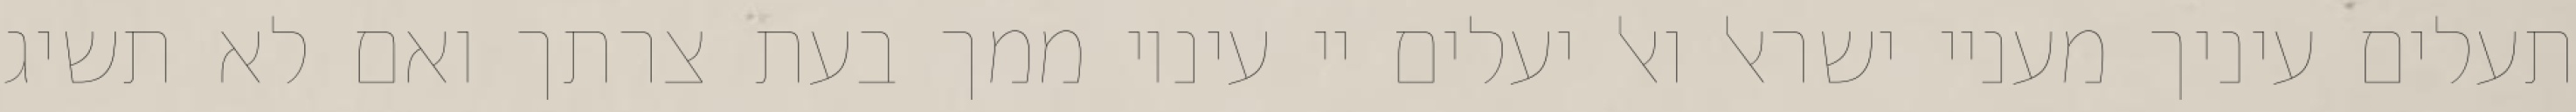
תעלים עיניך מעניי ישראל ואל יעלים יי עיניו ממך בעת צרתך ואם לא תשיג